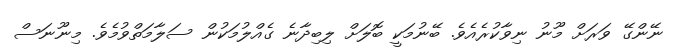
ނޭންގޭ ވަރަށް މޫނު ނިވާކުރެއެވެ. ބޭނުމަކީ ބޮލަށް ލިބިދާނެ ގެއްލުމަކުން ސަލާމަތްވުމެވެ. މިނޫނަސް